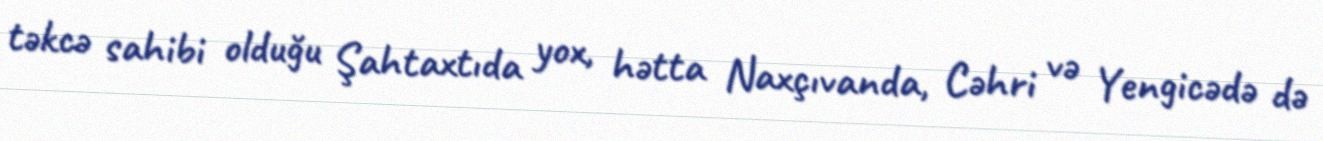
təkcə sahibi olduğu Şahtaxtıda yox, hətta Naxçıvanda, Cəhri və Yengicədə də